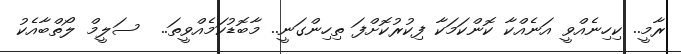
ރާމީ.. ކިހިނެއްވީ އަނެއްކާ ކޮންކަމަކާ ފިކުރުކޮށްފަ ތިހިންގަނީ.. މާބޮޑުކަމެއްވީތަ..  ސަލީމް ލޯތްބާއެކު